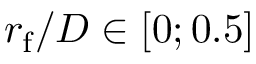
r _ { \mathrm { f } } / D \in [ 0 ; 0 . 5 ]